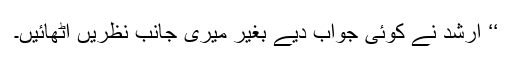
‘‘ ارشد نے کوئی جواب دیے بغیر میری جانب نظریں اٹھائیں۔